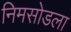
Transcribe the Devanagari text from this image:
निमसोडला